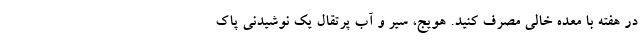
در هفته با معده خالی مصرف کنید. هویج، سیر و آب پرتقال یک نوشیدنی پاک